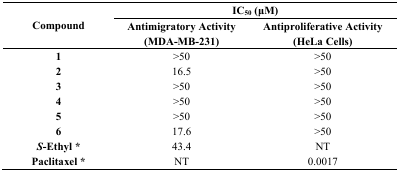
| <ROWSPAN=2> Compound | <COLSPAN=2> IC50 (μM) |
 | Antimigratory Activity (MDA-MB-231) | Antiproliferative Activity (HeLa Cells) |
 | --- | --- | --- |
 | 1 | >50 | >50 |
 | 2 | 16.5 | >50 |
 | 3 | >50 | >50 |
 | 4 | >50 | >50 |
 | 5 | >50 | >50 |
 | 6 | 17.6 | >50 |
 | S-Ethyl * | 43.4 | NT |
 | Paclitaxel * | NT | 0.0017 |